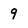
Character: 9